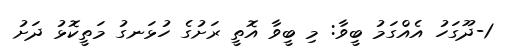
1-ދޫގަހު އެއްގަމު ބީވާ: މި ބީވާ އޮތީ ރަށުގެ ހުޅަނގު މަތީކޮޅު ދަށު